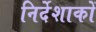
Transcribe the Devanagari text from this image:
निर्देशाकों